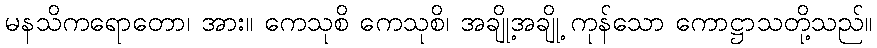
မနသိကရောတော၊ အား။ ကေသုစိ ကေသုစိ၊ အချို့အချို့ ကုန်သော ကောဋ္ဌာသတို့သည်။